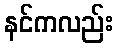
နင်ကလည်း